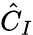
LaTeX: {\hat{C}}_{I}